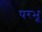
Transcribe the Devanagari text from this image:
परभू